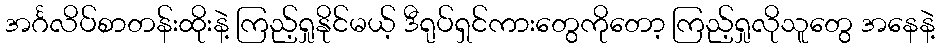
အင်္ဂလိပ်စာတန်းထိုးနဲ့ ကြည့်ရှုနိုင်မယ့် ဒီရုပ်ရှင်ကားတွေကိုတော့ ကြည့်ရှုလိုသူတွေ အနေနဲ့